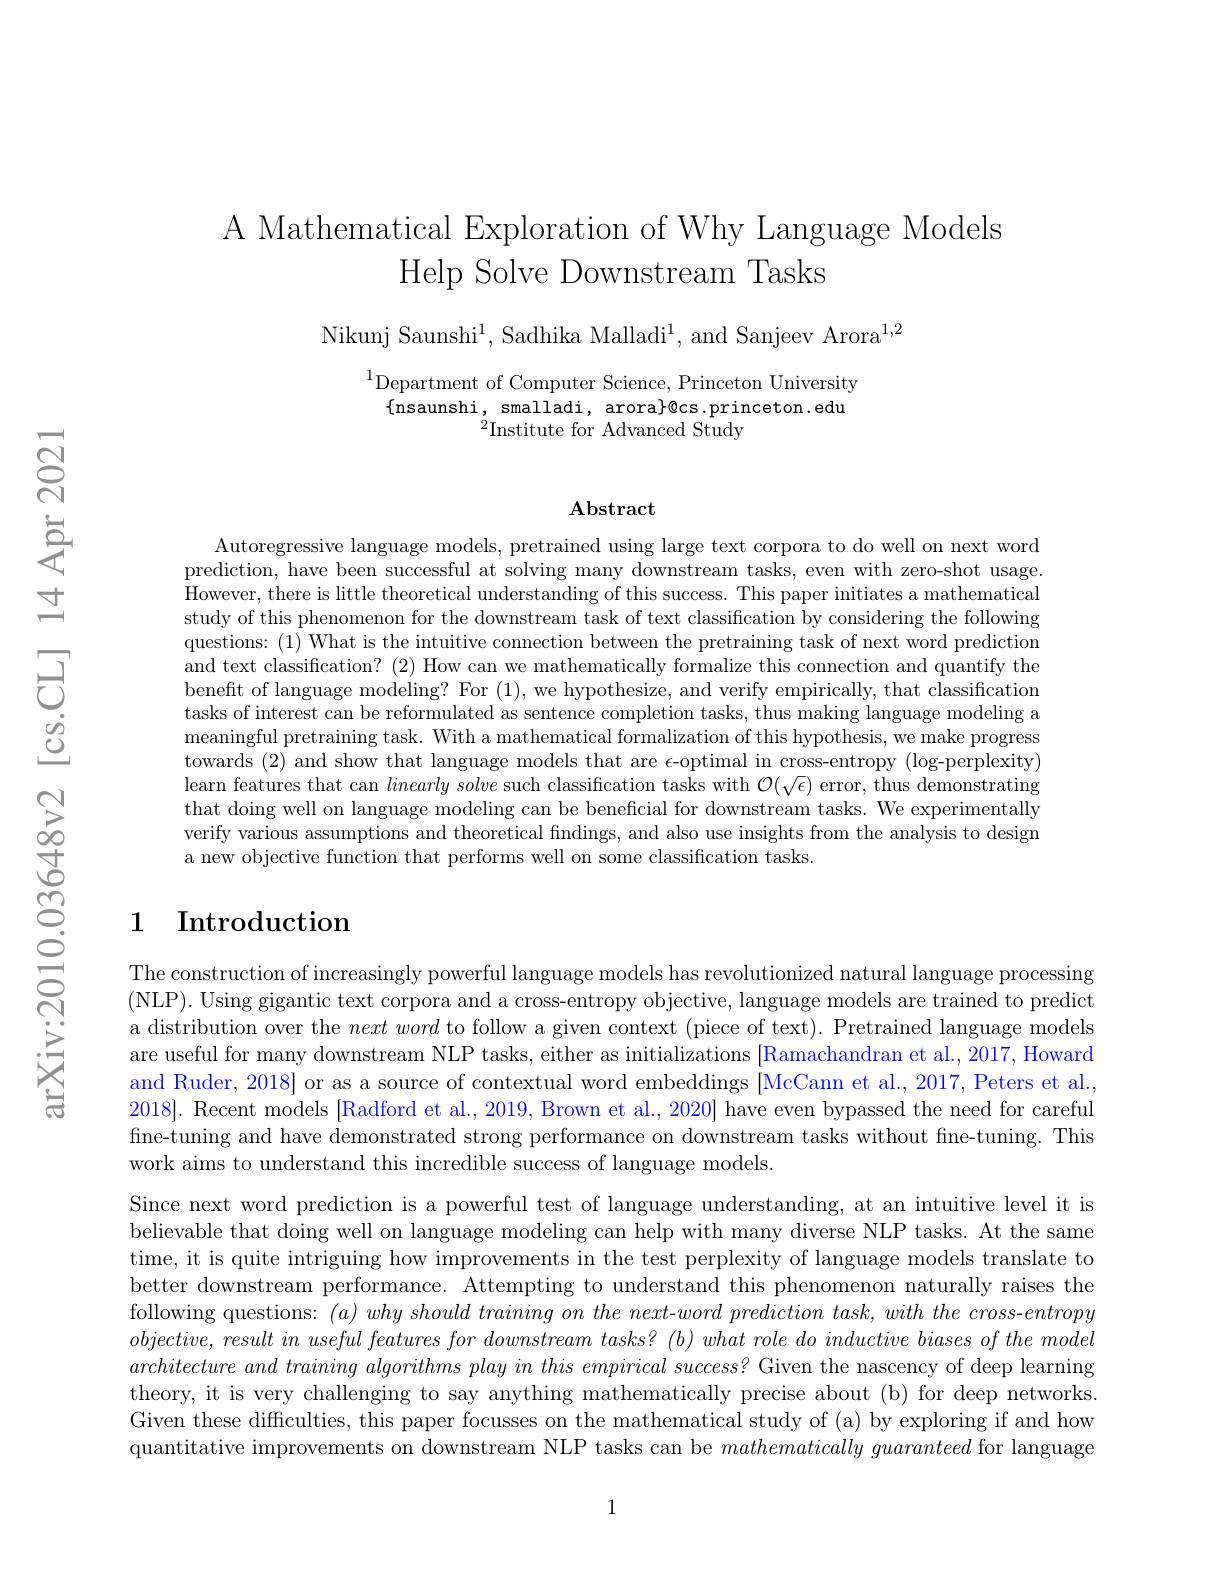
A Mathematical Exploration of Why Language Models
Help Solve Downstream Tasks

Nikunj Saunshi$^1$, Sadhika Malladi$^1$, and Sanjeev Arora$^1,2$

$^{1}$Department of Computer Science, Princeton University
$\{$nsaunshi,smalladi,arora$\}$@cs.princeton.edu
$^{2}$Institute for Advanced Study

### $\mathbf{Abstract}$

Autoregressive language models, pretrained using large text corpora to do well on next word prediction, have been successful at solving many downstream tasks, even with zero-shot usage. However, there is little theoretical understanding of this success. This paper initiates a mathematical study of this phenomenon for the downstream task of text classification by considering the following questions: (1) What is the intuitive connection between the pretraining task of next word prediction and text classification? (2) How can we mathematically formalize this connection and quantify the benefit of language modeling? For (1), we hypothesize, and verify empirically, that classification tasks of interest can be reformulated as sentence completion tasks, thus making language modeling a meaningful pretraining task. With a mathematical formalization of this hypothesis, we make progress towards (2) and show that language models that are $\epsilon$-optimal in cross-entropy (log-perplexity) learn features that can $linearly\textit{solve such classification tasks with }\mathcal{O} ( \sqrt {\epsilon })$ error, thus demonstrating that doing well on language modeling can be beneficial for downstream tasks. We experimentally verify various assumptions and theoretical findings, and also use insights from the analysis to design a new objective function that performs well on some classification tasks

## 1 Introduction

The construction of increasingly powerful language models has revolutionized natural language processing (NLP). Using gigantic text corpora and a cross-entropy objective, language models are trained to predict a distribution over the nextword to follow a given context (piece of text). Pretrained language models are useful for many downstream NLP tasks, either as initializations [Ramachandran et al., 2017, Howard and Ruder, 2018$\}$ or as a source of contextual word embeddings [McCann et al., 2017, Peters et al., 2018]. Recent models [Radford et al., 2019, Brown et al., 2020] have even bypassed the need for careful fine-tuning and have demonstrated strong performance on downstream tasks without fine-tuning. This work aims to understand this incredible success of language models.

Since next word prediction is a powerful test of language understanding, at an intuitive level it is believable that doing well on language modeling can help with many diverse NLP tasks. At the same time, it is quite intriguing how improvements in the test perplexity of language models translate to better downstream performance. Attempting to understand this phenomenon naturally raises the following questions: $( a) whyshould\textit{ training on the next- word prediction task, with the cross- entropy}$ $objective,result$ in useful features for downstream tasks? $(b)what$ role do inductive biases of the model architecture and training algorithms play in this empirical success? Given the nascency of deep learning theory, it is very challenging to say anything mathematically precise about (b) for deep networks Given these difficulties, this paper focusses on the mathematical study of (a) by exploring if and how quantitative improvements on downstream NLP tasks can be $mathematically\textit{ guaranteed for language}$